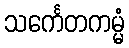
သင်္ကေတကမ္မံ